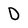
Character: 0